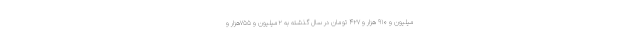
میلیون و ۹۱۰ هزار و ۴۲۷ تومان در سال گذشته به ۲میلیون و ۷۵۵هزار و